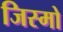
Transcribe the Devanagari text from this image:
जिस्मो